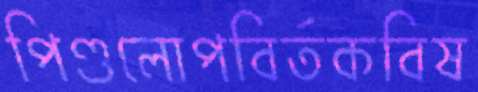
পিণ্ডলোপবির্তকবিষ